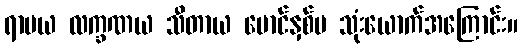
ရာမယ လက္ခဏယ သီတာယ မောင်နှစ်မ သုံးယောက်အကြောင်း။